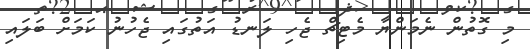
މި ގޮތުން ނެމަންޔާ މެޓިޗް ޖެހި ލަނޑު އަތުގައި ޖެހުނު ކަމަށް ބަލައި